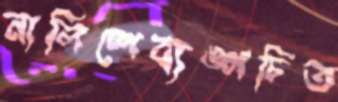
নালিশেব্যঙ্গচিত